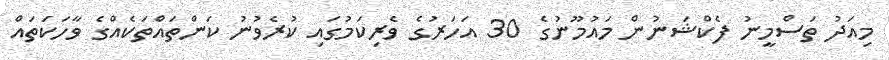
މިއަދު ތަސްމީނު ފެކްޝަނުން މައުމޫނުގެ 30 އަހަރުގެ ވެރިކަމުގައި ކުރެވުނު ކަންތައްތަކެއްގެ ވާހަކަތައް